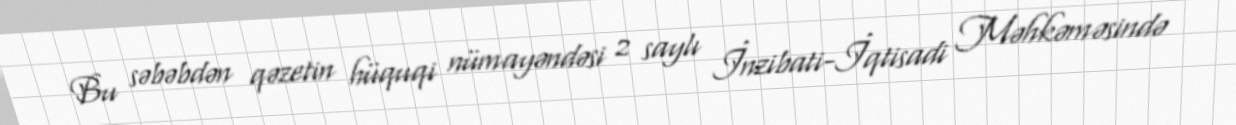
Bu səbəbdən qəzetin hüquqi nümayəndəsi 2 saylı İnzibati-İqtisadi Məhkəməsində